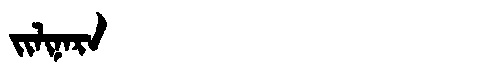
Manchu: ᠵᡳᠯᡳᠨᠠᡵᠠ
Romanization: JILINARA